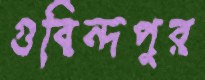
গুবিন্দপুর